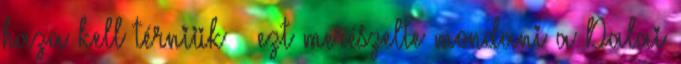
haza kell térniük – ezt merészelte mondani a Dalai